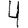
Digit: 4